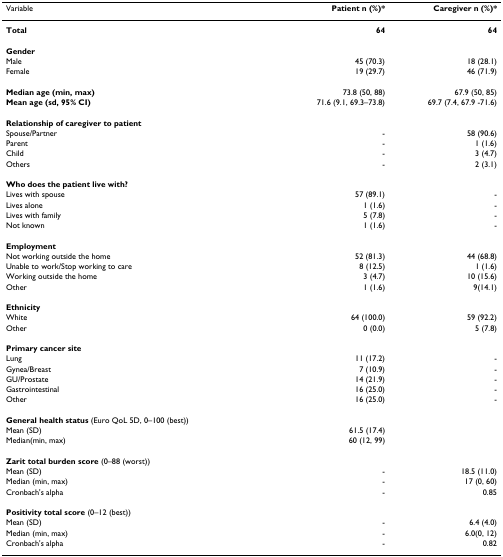
<table><thead><tr><td><b>Variable</b></td><td><b>Patient n (%)*</b></td><td><b>Caregiver n (%)*</b></td></tr></thead><tbody><tr><td><b>Total</b></td><td><b>64</b></td><td><b>64</b></td></tr><tr><td><b>Gender</b></td><td></td><td></td></tr><tr><td>Male</td><td>45 (70.3)</td><td>18 (28.1)</td></tr><tr><td>Female</td><td>19 (29.7)</td><td>46 (71.9)</td></tr><tr><td><b>Median age (min, max)</b></td><td>73.8 (50, 88)</td><td>67.9 (50, 85)</td></tr><tr><td><b>Mean age (sd, 95% CI)</b></td><td>71.6 (9.1, 69.3–73.8)</td><td>69.7 (7.4, 67.9 -71.6)</td></tr><tr><td><b>Relationship of caregiver to patient</b></td><td></td><td></td></tr><tr><td>Spouse/Partner</td><td>-</td><td>58 (90.6)</td></tr><tr><td>Parent</td><td>-</td><td>1 (1.6)</td></tr><tr><td>Child</td><td>-</td><td>3 (4.7)</td></tr><tr><td>Others</td><td>-</td><td>2 (3.1)</td></tr><tr><td><b>Who does the patient live with?</b></td><td></td><td></td></tr><tr><td>Lives with spouse</td><td>57 (89.1)</td><td>-</td></tr><tr><td>Lives alone</td><td>1 (1.6)</td><td>-</td></tr><tr><td>Lives with family</td><td>5 (7.8)</td><td>-</td></tr><tr><td>Not known</td><td>1 (1.6)</td><td>-</td></tr><tr><td><b>Employment</b></td><td></td><td></td></tr><tr><td>Not working outside the home</td><td>52 (81.3)</td><td>44 (68.8)</td></tr><tr><td>Unable to work/Stop working to care</td><td>8 (12.5)</td><td>1 (1.6)</td></tr><tr><td>Working outside the home</td><td>3 (4.7)</td><td>10 (15.6)</td></tr><tr><td>Other</td><td>1 (1.6)</td><td>9(14.1)</td></tr><tr><td><b>Ethnicity</b></td><td></td><td></td></tr><tr><td>White</td><td>64 (100.0)</td><td>59 (92.2)</td></tr><tr><td>Other</td><td>0 (0.0)</td><td>5 (7.8)</td></tr><tr><td><b>Primary cancer site</b></td><td></td><td></td></tr><tr><td>Lung</td><td>11 (17.2)</td><td>-</td></tr><tr><td>Gynea/Breast</td><td>7 (10.9)</td><td>-</td></tr><tr><td>GU/Prostate</td><td>14 (21.9)</td><td>-</td></tr><tr><td>Gastrointestinal</td><td>16 (25.0)</td><td>-</td></tr><tr><td>Other</td><td>16 (25.0)</td><td>-</td></tr><tr><td><b>General health status </b>(Euro QoL 5D, 0–100 (best))</td><td></td><td></td></tr><tr><td>Mean (SD)</td><td>61.5 (17.4)</td><td></td></tr><tr><td>Median(min, max)</td><td>60 (12, 99)</td><td></td></tr><tr><td><b>Zarit total burden score </b>(0–88 (worst))</td><td></td><td></td></tr><tr><td>Mean (SD)</td><td>-</td><td>18.5 (11.0)</td></tr><tr><td>Median (min, max)</td><td>-</td><td>17 (0, 60)</td></tr><tr><td>Cronbach&#x27;s alpha</td><td>-</td><td>0.85</td></tr><tr><td><b>Positivity total score </b>(0–12 (best))</td><td></td><td></td></tr><tr><td>Mean (SD)</td><td>-</td><td>6.4 (4.0)</td></tr><tr><td>Median (min, max)</td><td>-</td><td>6.0(0, 12)</td></tr><tr><td>Cronbach&#x27;s alpha</td><td>-</td><td>0.82</td></tr></tbody></table>